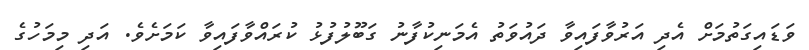
ވަޑައިގަތުމަށް އެދި އަރުވާފައިވާ ދައުވަތު އެމަނިކުފާނު ގަބޫލުފުޅު ކުރައްވާފައިވާ ކަމަށެވެ. އަދި މިމަހުގެ